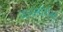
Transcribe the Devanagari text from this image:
वारलॉर्डस